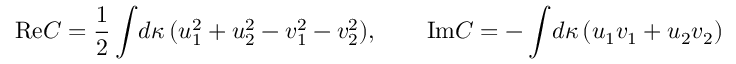
\mathrm { R e } C = { \frac { 1 } { 2 } } \int \! d \kappa \, ( u _ { 1 } ^ { 2 } + u _ { 2 } ^ { 2 } - v _ { 1 } ^ { 2 } - v _ { 2 } ^ { 2 } ) , \qquad \mathrm { I m } C = - \int \! d \kappa \, ( u _ { 1 } v _ { 1 } + u _ { 2 } v _ { 2 } )